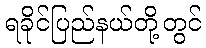
ရခိုင်ပြည်နယ်တို့တွင်